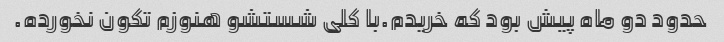
حدود دو ماه پیش بود که خریدم.با کلی شستشو هنوزم تکون نخورده.